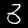
Digit: 3